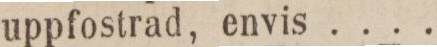
uppfostrad, envis ....